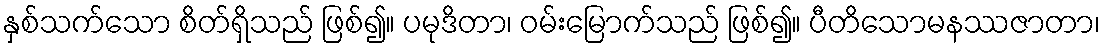
နှစ်သက်သော စိတ်ရှိသည် ဖြစ်၍။ ပမုဒိတာ၊ ဝမ်းမြောက်သည် ဖြစ်၍။ ပီတိသောမနဿဇာတာ၊